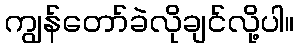
ကျွန်တော်ခဲလိုချင်လို့ပါ။